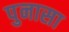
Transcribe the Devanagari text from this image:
पुनासा